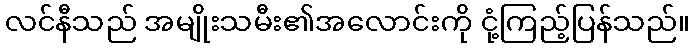
လင်နီသည် အမျိုးသမီး၏အလောင်းကို ငုံ့ကြည့်ပြန်သည်။